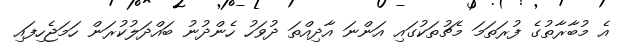
އެ މުބާރާތުގެ ފުރަތަމަ މެޗުތަކުގައި އަންނަ އާދިއްތަ ދުވަހު ހެންދުނު ބައްދަލުކުރަން ހަމަޖެހިފައި